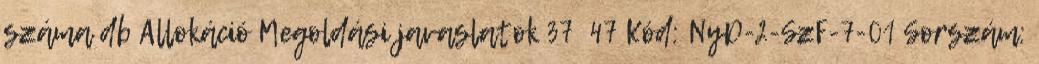
száma db Allokáció Megoldási javaslatok 37 47 Kód: NyD-2-SzF-7-01 Sorszám: